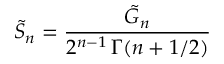
{ \tilde { S } } _ { n } = \frac { { \tilde { G } } _ { n } } { 2 ^ { n - 1 } \, \Gamma ( n + 1 / 2 ) }